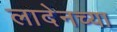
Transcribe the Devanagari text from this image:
लादेनच्या